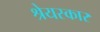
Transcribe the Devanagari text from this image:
श्रेयस्कार